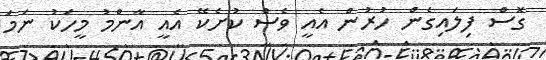
ގޮސް ފިލައިގެން ހުރުން އެއީ ވެސް ކުށެކޭ އެއީ އާންމު މީހަކު ނަމަ